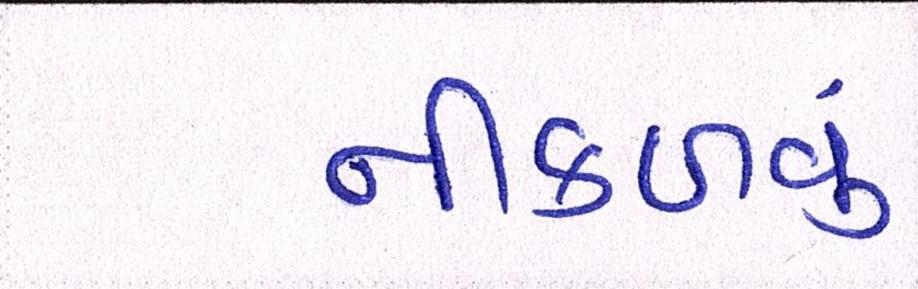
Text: નીકળવું